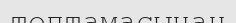
топтамасынан